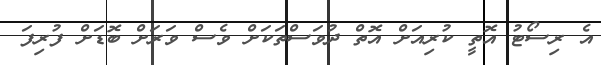
އެ ރިސޯޓު އޮތީ ކުރިއަށް އޮތް ދުވަސްތަކަށް ވެސް ވަރަށް ބޮޑަށް ފުރިފަ